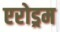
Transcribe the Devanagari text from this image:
एरोड्रम